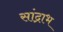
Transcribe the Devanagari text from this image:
सांद्राभ